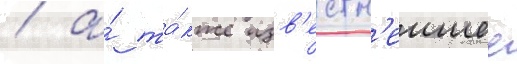
/ а́ та́кже изв'естн'еишее